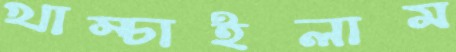
খাম্‌চাইলাম